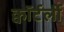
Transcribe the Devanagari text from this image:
क्वॉर्टर्ली